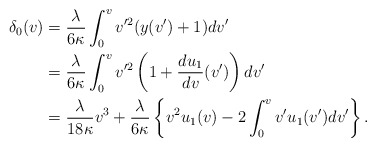
\begin{align*} \delta_0(v)&=\frac{\lambda}{6\kappa}\int_0^vv'^2(y(v')+1)dv'\\ &=\frac{\lambda}{6\kappa}\int_0^vv'^2\left(1+\frac{du_1}{dv}(v')\right)dv'\\&=\frac{\lambda}{18\kappa}v^3+\frac{\lambda}{6\kappa}\left\{v^2u_1(v)-2\int_0^vv'u_1(v')dv'\right\}.\end{align*}